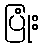
ပြုံး